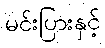
မင်းပြားနှင့်